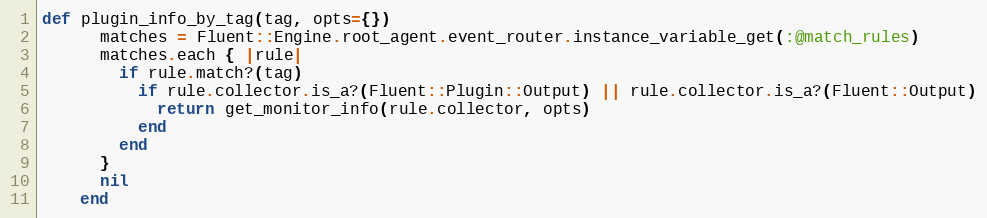
Language: Ruby
def plugin_info_by_tag(tag, opts={})
      matches = Fluent::Engine.root_agent.event_router.instance_variable_get(:@match_rules)
      matches.each { |rule|
        if rule.match?(tag)
          if rule.collector.is_a?(Fluent::Plugin::Output) || rule.collector.is_a?(Fluent::Output)
            return get_monitor_info(rule.collector, opts)
          end
        end
      }
      nil
    end